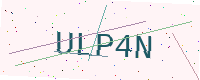
Text: ULP4N